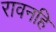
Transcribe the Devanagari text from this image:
रावनहि